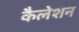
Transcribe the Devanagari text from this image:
कैलेशन